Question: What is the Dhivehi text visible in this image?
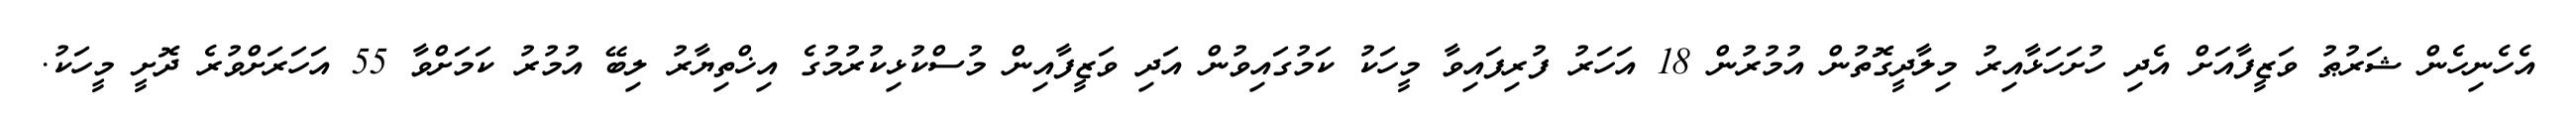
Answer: އެހެނިހެން ޝަރުޠު ވަޒީފާއަށް އެދި ހުށަހަޅާއިރު މިލާދީގޮތުން އުމުރުން 18 އަހަރު ފުރިފައިވާ މީހަކު ކަމުގައިވުން އަދި ވަޒީފާއިން މުސްކުޅިކުރުމުގެ އިޚްތިޔާރު ލިބޭ އުމުރު ކަމަށްވާ 55 އަހަރަށްވުރެ ދޮށީ މީހަކު.